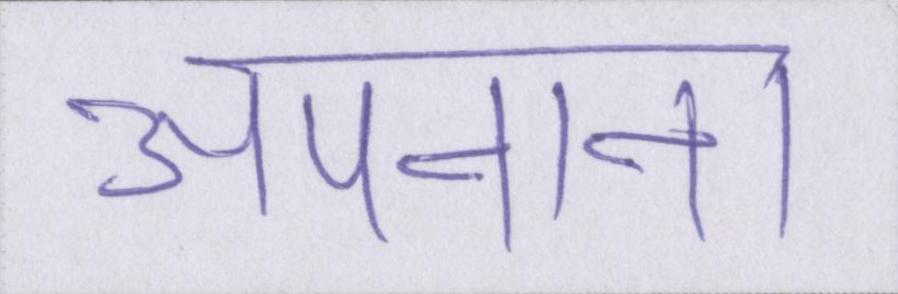
अपनाना